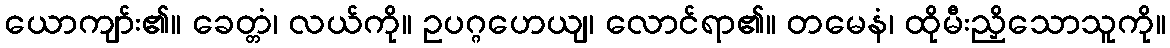
ယောကျာ်း၏။ ခေတ္တံ၊ လယ်ကို။ ဥပဂ္ဂဟေယျ၊ လောင်ရာ၏။ တမေနံ၊ ထိုမီးညှိသောသူကို။